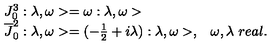
\begin{array} { l l } { J _ { 0 } ^ { 3 } : \lambda , \omega > = \omega : \lambda , \omega > } & { } \\ { \overline { { J } } _ { 0 } ^ { 2 } : \lambda , \omega > = ( - \frac { 1 } { 2 } + i \lambda ) : \lambda , \omega > , } & { \omega , \lambda \ r e a l . } \\ \end{array}